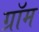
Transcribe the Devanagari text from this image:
ग्रॉम